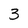
Character: 3